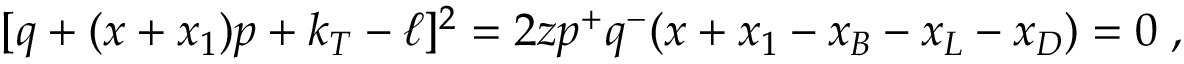
[ q + ( x + x _ { 1 } ) p + k _ { T } - \ell ] ^ { 2 } = 2 z p ^ { + } q ^ { - } ( x + x _ { 1 } - x _ { B } - x _ { L } - x _ { D } ) = 0 \; ,